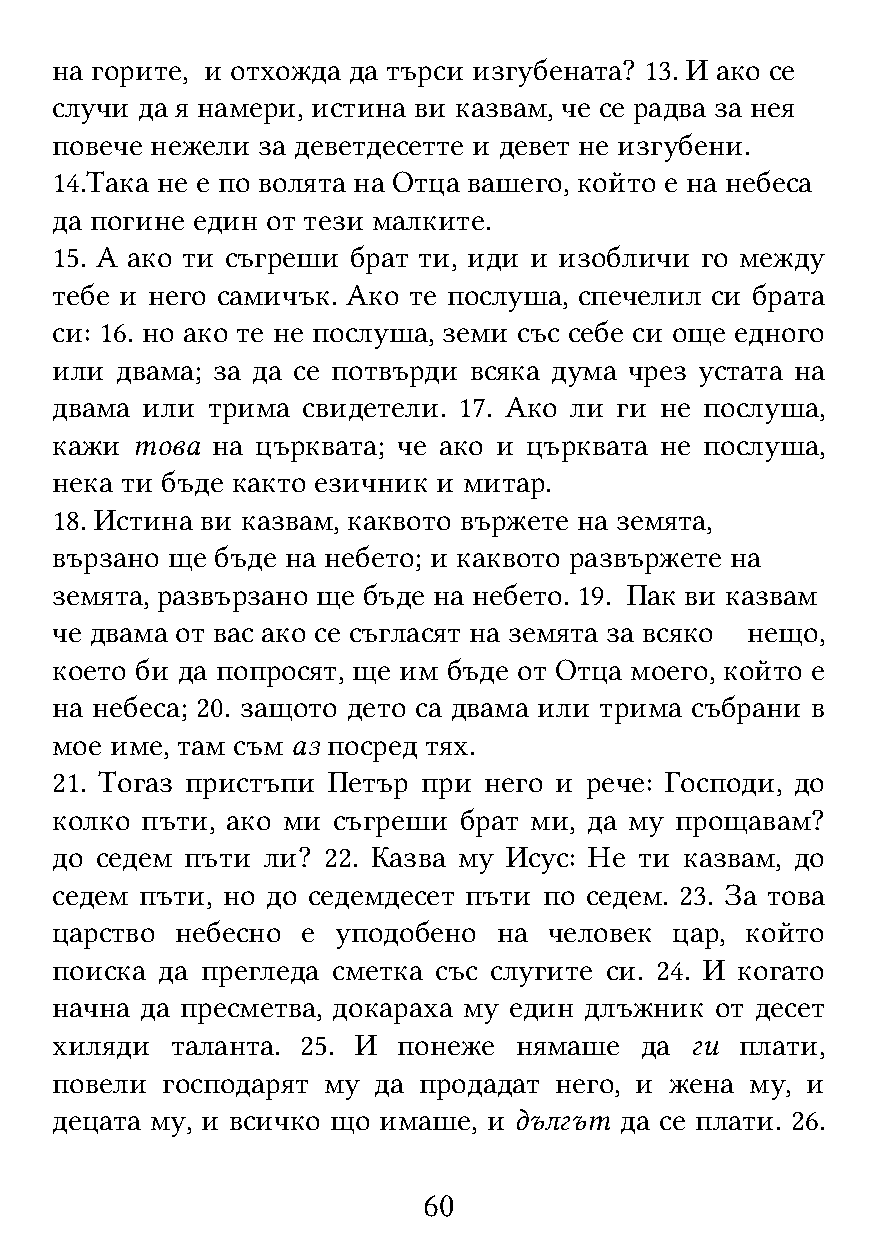
на горите, и отхожда да търси изгубената? 13. И ако се
 случи да я намери, истина ви казвам, че се радва за нея
 повече нежели за деветдесетте и девет не изгубени.
 14.Така не е по волята на Отца вашего, който е на небеса
 да погине един от тези малките.
 15. А ако ти съгреши брат ти, иди и изобличи го между
 тебе и него самичък. Ако те послуша, спечелил си брата
 си: 16. но ако те не послуша, земи със себе си още едного
 или  двама; за да се потвърди всяка дума чрез устата на
 двама или  трима свидетели. 17. Ако ли ги не послуша,
 кажи  това на църквата; че ако и църквата не послуша,
 нека ти бъде както езичник и митар.
 18. Истина ви казвам, каквото вържете на земята,
 вързано ще бъде на небето; и каквото развържете на
 земята, развързано ще бъде на небето. 19. Пак ви казвам
 че двама от вас ако се съгласят на земята за всяко нещо,
 което би да попросят, ще им бъде от Отца моего, който е
 на небеса; 20. защото дето са двама или трима събрани в
 мое име, там съм аз посред тях.
 21. Тогаз пристъпи Петър при него и рече: Господи, до
 колко пъти, ако ми съгреши брат ми, да му прощавам?
 до седем пъти ли? 22. Казва му Исус: Не ти казвам, до
 седем пъти, но до седемдесет пъти по седем. 23. За това
 царство  небесно е уподобено  на человек  цар, който
 поиска да прегледа сметка със слугите си. 24. И когато
 начна да пресметва, докараха му един длъжник от десет
 хиляди  таланта. 25. И понеже  нямаше  да  ги плати,
 повели  господарят му да продадат него, и жена му, и
 децата му, и всичко що имаше, и дългът да се плати. 26.
 60